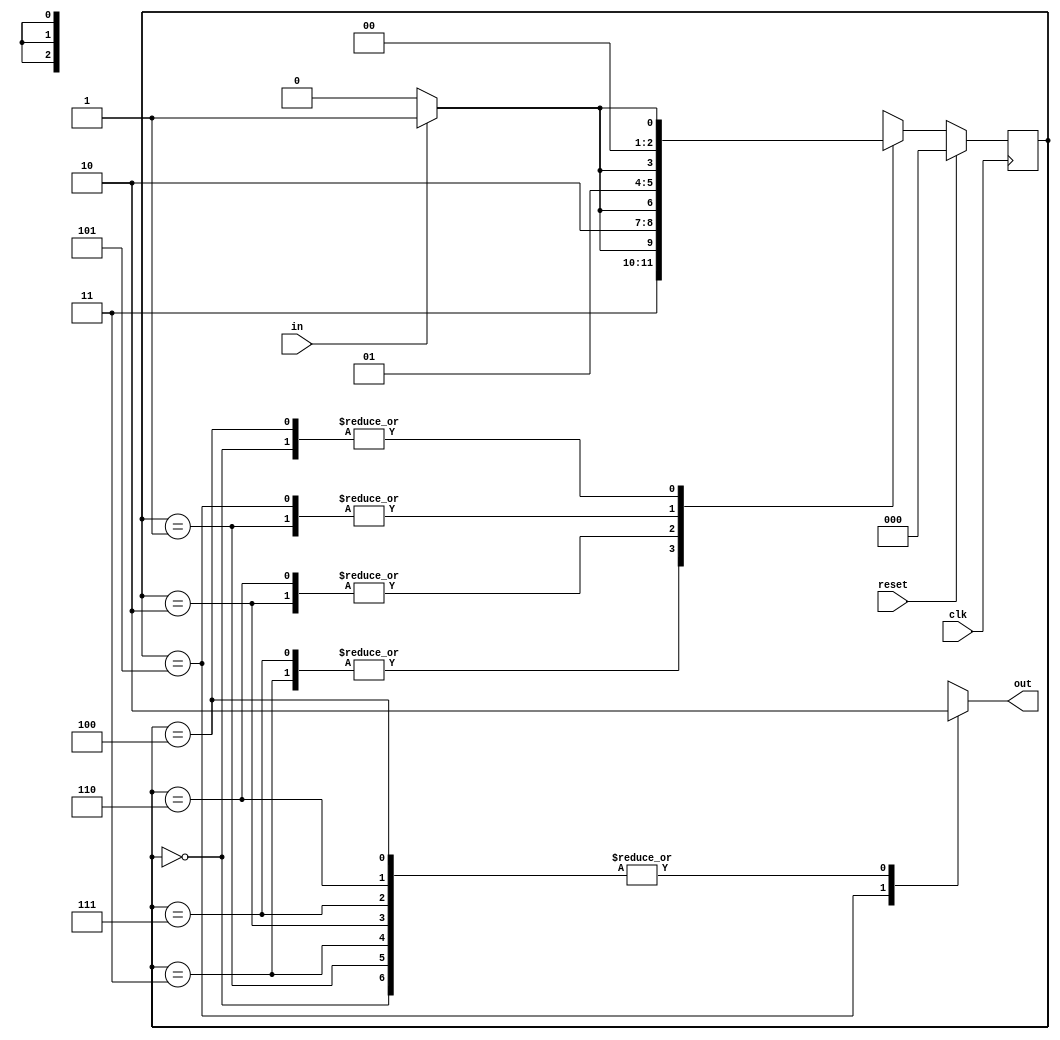
//find pattern 101
module fsm (clk, in, reset, out);
	input clk;
	input in;
	input reset;
	output out;

	reg out;

	reg [2:0] state;
	reg [2:0] state_next;
	
	always @ (*) begin
		case(state)
			3'b000: begin
				if (in == 1'b1) begin
					state_next = 3'b001;
				end else begin
					state_next = 3'b000;
				end
				out = 1'b0;
			end
			3'b001: begin
				if (in == 1'b1) begin
					state_next = 3'b011;
				end else begin
					state_next = 3'b010;
				end
				out = 1'b0;
			end
			3'b011: begin
				if (in == 1'b1) begin
					state_next = 3'b111;
				end else begin
					state_next = 3'b110;
				end
				out = 1'b0;
			end
			3'b010: begin
				if (in == 1'b1) begin
					state_next = 3'b101;
				end else begin
					state_next = 3'b100;
				end
				out = 1'b0;
			end
			3'b111: begin
				if (in == 1'b1) begin
					state_next = 3'b111;
				end else begin
					state_next = 3'b110;
				end
				out = 1'b0;
			end
			3'b110: begin
				if (in == 1'b1) begin
					state_next = 3'b101;
				end else begin
					state_next = 3'b100;
				end
				out = 1'b0;
			end
			3'b101: begin
				if (in == 1'b1) begin
					state_next = 3'b011;
				end else begin
					state_next = 3'b010;
				end
				out = 1'b1;
			end
			3'b100: begin
				if (in == 1'b1) begin
					state_next = 3'b001;
				end else begin
					state_next = 3'b000;
				end
				out = 1'b0;
			end			
			default: begin
				state_next = 3'b000;
			end
		endcase
	end
	
	always @ (posedge clk) begin
		if (reset) begin
			state <= 3'b000;
		end
		else begin
			state <= state_next;
		end
	end
	
endmodule